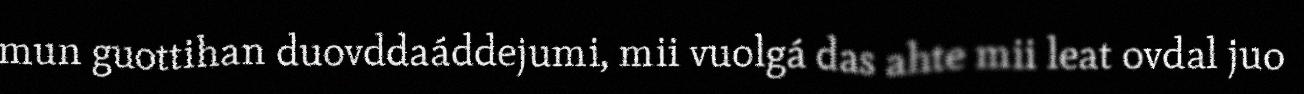
mun guottihan duovddaáddejumi, mii vuolgá das ahte mii leat ovdal juo